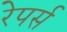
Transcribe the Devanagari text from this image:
रेपर्स